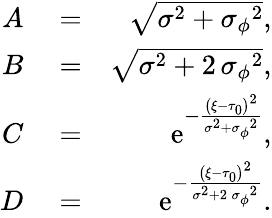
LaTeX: \begin{array}{rlr}{A}&{{}=}&{\sqrt{{\sigma}^{2}+{{\sigma_{\phi}}}^{2}},}\\ {B}&{{}=}&{\sqrt{{\sigma}^{2}+2\, {{\sigma_{\phi}}}^{2}},}\\ {C}&{{}=}&{{\mathrm{e}^{-{\frac{\left({\xi}-{\tau_{0}}\right)^{2}}{{\sigma}^{2}+{{\sigma_{\phi}}}^{2}}}}},}\\ {D}&{{}=}&{{\mathrm{e}^{-{\frac{\left({\xi}-{\tau_{0}}\right)^{2}}{{\sigma}^{2}+2\, {{\sigma_{\phi}}}^{2}}}}}.}\end{array}